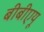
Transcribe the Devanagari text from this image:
बीबीएयू